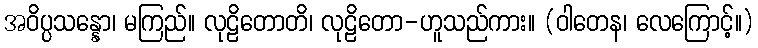
အဝိပ္ပသန္နော၊ မကြည်။ လုဠိတောတိ၊ လုဠိတော-ဟူသည်ကား။ (ဝါတေန၊ လေကြောင့်။)